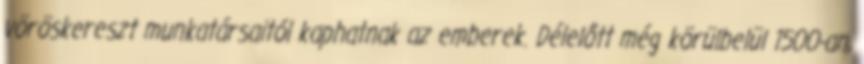
vöröskereszt munkatársaitól kaphatnak az emberek. Délelőtt még körülbelül 1500-an,